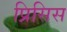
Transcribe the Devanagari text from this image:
प्रिसिस